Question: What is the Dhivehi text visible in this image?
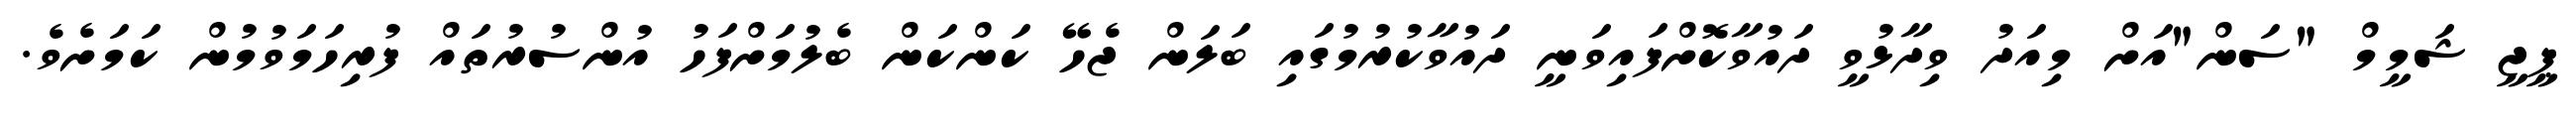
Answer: ޕީޖީ ޝަމީމް "ސަން"އަށް މިއަދު ވިދާޅުވީ ދައުވާކޮށްފައިވަނީ ދައުވާކުރުމުގައި ބަލަން ޖެހޭ ކަންކަން ބެލުމަށްފަހު އުންސުރުތައް ފުރިހަމަވުމުން ކަމަށެވެ.